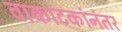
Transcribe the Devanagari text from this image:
वाकाटकांनंतर